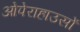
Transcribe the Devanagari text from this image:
ओपेराहाउसों